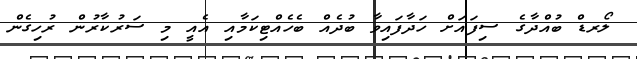
ލޯރޑް ބުއްދާގެ ސިފައަށް ހަދާފައިވާ ބުދެއް ބެހެއްޓިކަމާއި އެއީ މި ސަރުކާރުން ރުހިގެން